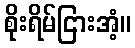
စိုးရိမ်ငြားအံ့။